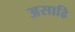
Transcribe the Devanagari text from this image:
असाढि